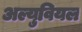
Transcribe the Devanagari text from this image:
अल्युवियल